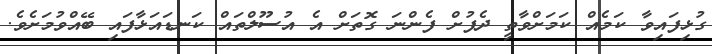
ގުޅިފައިވާ ކަމެއް ކަމަށްވާތީ ދެފުށް ފެންނަ ގޮތަށް އެ އުސޫލްތައް ކަނޑައަޅާފައި ބޭއްވުމަށެވެ.